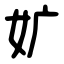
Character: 㚧